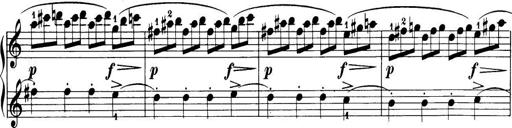
Title: 32 Sonatinas and Rondos for the Piano
Composer: Richard Kleinmichel